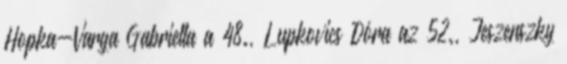
Hopka-Varga Gabriella a 48., Lupkovics Dóra az 52., Jeszenszky